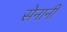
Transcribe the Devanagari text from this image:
सेनानीं